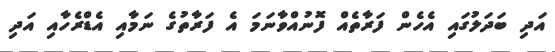
އަދި ބަދަލުގައި އެހެން ފަރާތެއް ފޮނުއްވާނަމަ އެ ފަރާތުގެ ނަމާއި އެޑްރެހާއި އަދި